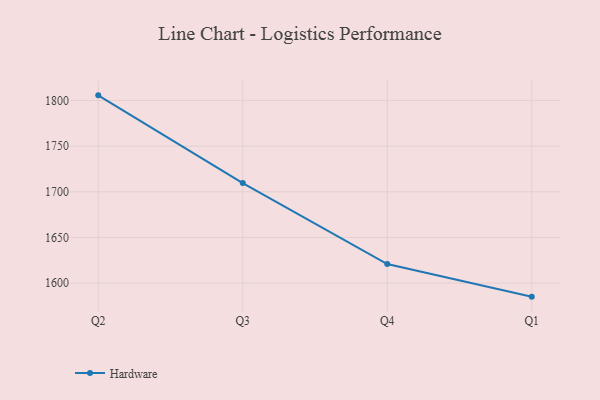
{"axis": {"x": "Quarter", "y": "Production Output"}, "legend": ["Hardware"], "data": [{"x": "Q2", "y": 1805.6, "type": "Hardware"}, {"x": "Q3", "y": 1709.5, "type": "Hardware"}, {"x": "Q4", "y": 1620.9, "type": "Hardware"}, {"x": "Q1", "y": 1585.2, "type": "Hardware"}]}